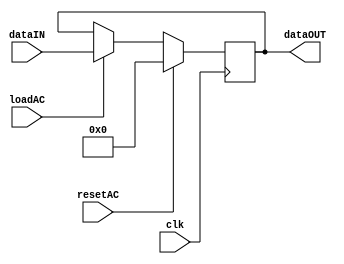
module regAC
#(parameter dataWidth=16)
(
input clk,
input loadAC,
input resetAC,
input [dataWidth-1:0] dataIN,
output reg [dataWidth-1:0] dataOUT
);

always @(negedge clk)
begin
if (loadAC)
	dataOUT<=dataIN;

if (resetAC)
	dataOUT<=0;
end



endmodule